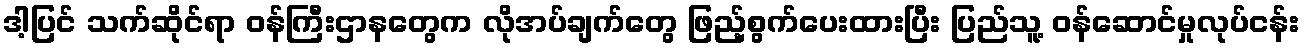
ဒါ့ပြင် သက်ဆိုင်ရာ ဝန်ကြီးဌာနတွေက လိုအပ်ချက်တွေ ဖြည့်စွက်ပေးထားပြီး ပြည်သူ့ ဝန်ဆောင်မှုလုပ်ငန်း